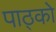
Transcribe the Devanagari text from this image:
पाठ्को